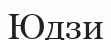
Юдзи